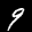
Digit: 9